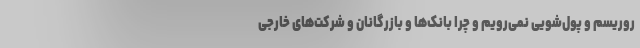
روریسم و پول‌شویی نمی‌رویم و چرا بانک‌ها و بازرگانان و شرکت‌های خارجی